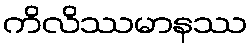
ကိလိဿမာနဿ